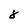
Character: 8